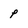
Character: p